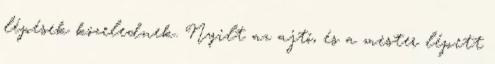
lépések közelednek. Nyilt az ajtó, és a mester lépett